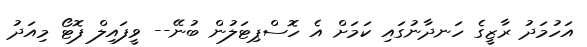
އަހުމަދު ރާޒީގެ ހަނދާނުގައި ކަމަށް އެ ހޮސްޕިޓަލުން ބުނޭ-- ވީފައިލް ފޮޓޯ މިއަދު